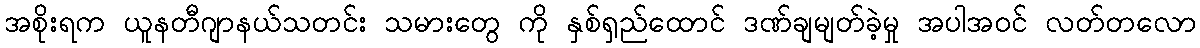
အစိုးရက ယူနတီဂျာနယ်သတင်း သမားတွေ ကို နှစ်ရှည်ထောင် ဒဏ်ချမျတ်ခဲ့မှု အပါအဝင် လတ်တလော